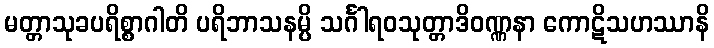
မတ္တာသုခပရိစ္စာဂါတိ ပရိဘာသနမ္ပိ သင်္ဂါရဝသုတ္တာဒိဝဏ္ဏနာ ကောဋိသဟဿာနိ